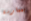
بممارسة